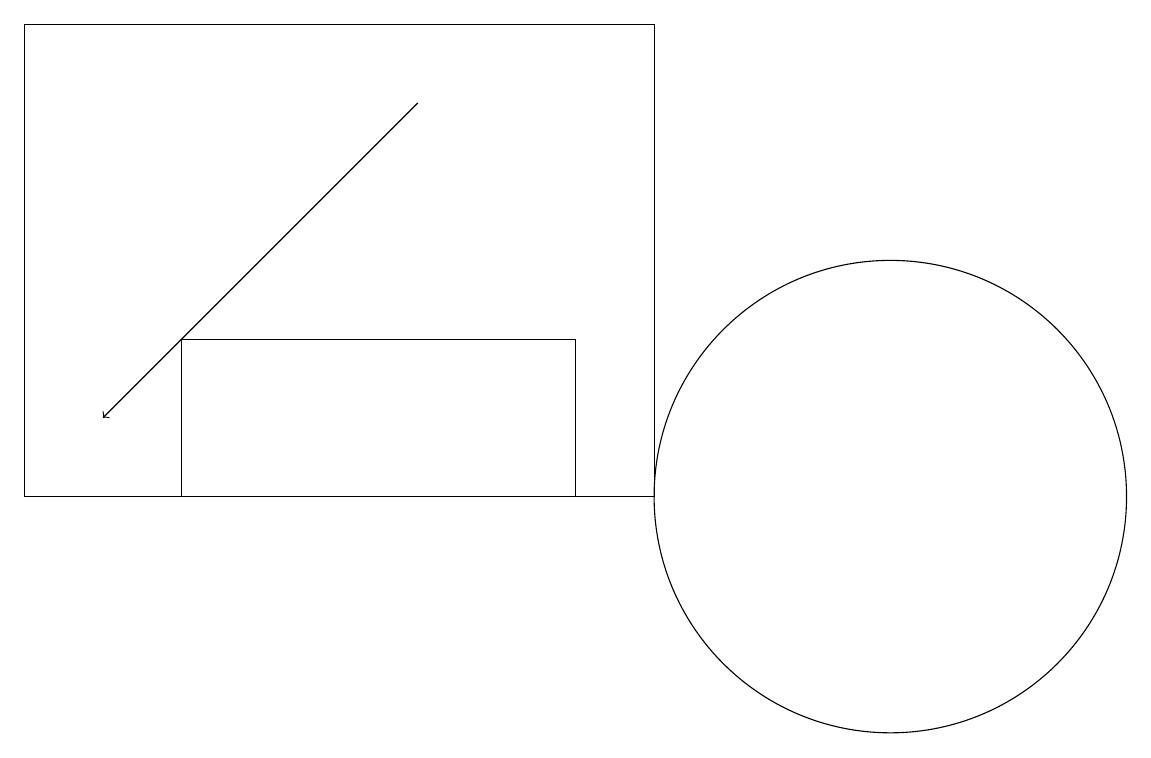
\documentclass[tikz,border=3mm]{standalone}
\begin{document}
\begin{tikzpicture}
\draw (9,17) rectangle (1,11);
\draw[->] (6,16) -- (2,12);
\draw (8,13) rectangle (3,11);
\draw (12,11) circle (3);
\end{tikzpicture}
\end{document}